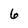
Character: 6